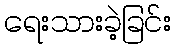
ရေးသားခဲ့ခြင်း